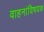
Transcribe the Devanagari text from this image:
वाहनांविषयक